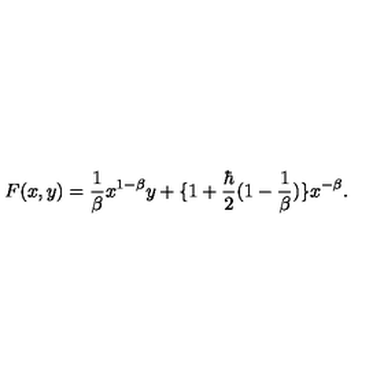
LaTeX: F ( x , y ) = \frac { 1 } { \beta } x ^ { 1 - \beta } y + \{ 1 + \frac { \hbar } { 2 } ( 1 - \frac { 1 } { \beta } ) \} x ^ { - \beta } .